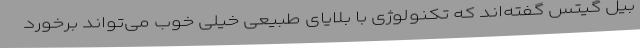
بیل گیتس گفته‌اند که تکنولوژی با بلایای طبیعی خیلی خوب می‌تواند برخورد